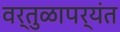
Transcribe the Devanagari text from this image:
वर्तुळापर्यंत